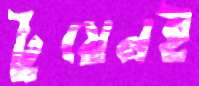
টুয়েনই